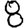
Digit: 8